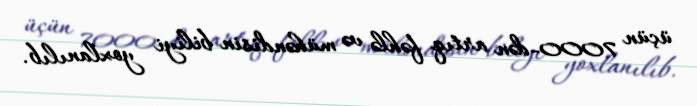
üçün 7000-dən artıq fəhlə və mühəndisin biliyi yoxlanılıb.